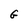
Character: G